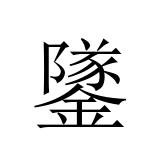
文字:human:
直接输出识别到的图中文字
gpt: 鐆